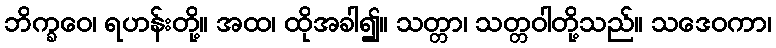
ဘိက္ခဝေ၊ ရဟန်းတို့။ အထ၊ ထိုအခါ၍။ သတ္တာ၊ သတ္တဝါတို့သည်။ သဒေဝကာ၊